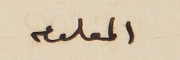
المعلوم